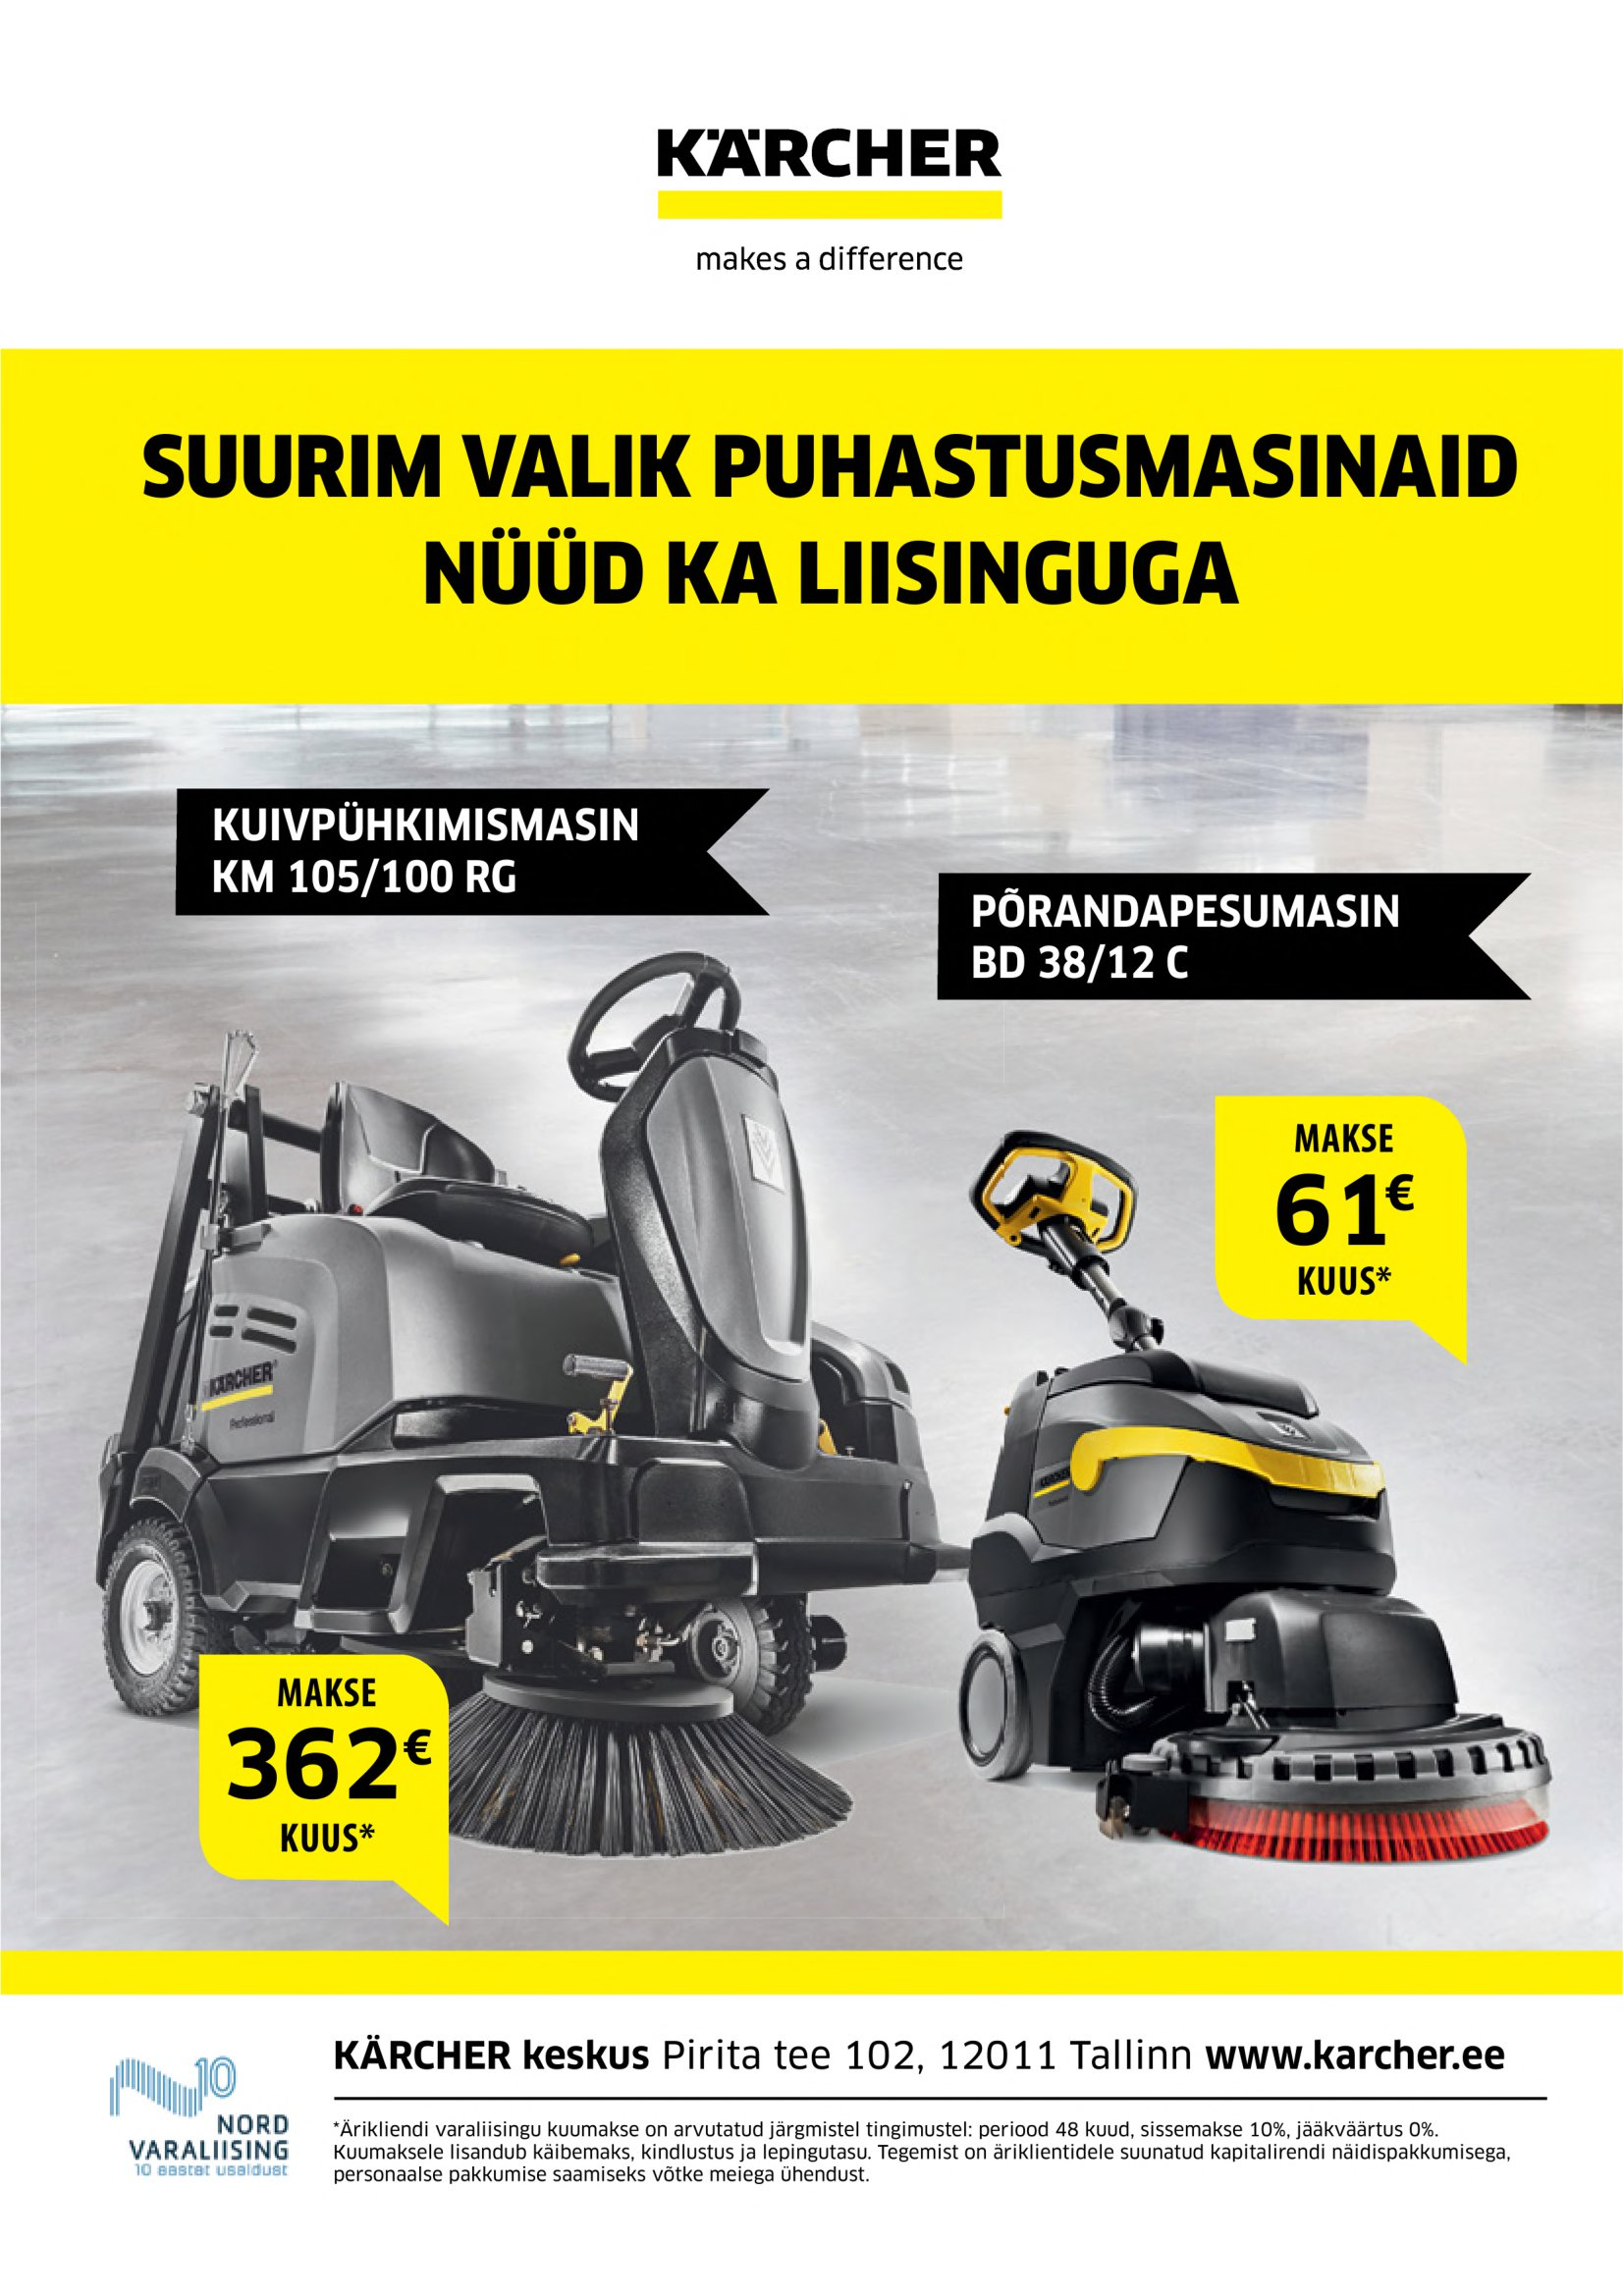
Language: et